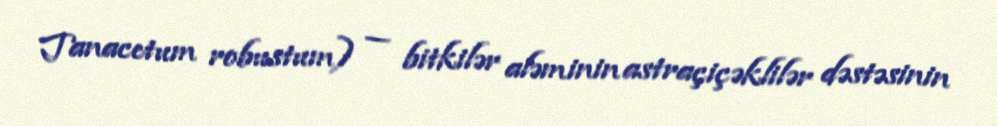
Tanacetum robustum) — bitkilər aləminin astraçiçəklilər dəstəsinin